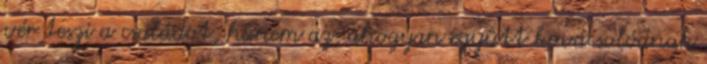
vér teszi a családot, hanem az, ahogyan együtt kovácsolódnak